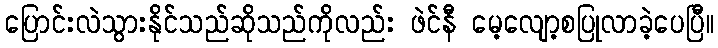
ပြောင်းလဲသွားနိုင်သည်ဆိုသည်ကိုလည်း ဖဲင်နီ မေ့လျော့စပြုလာခဲ့ပေပြီ။